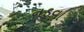
નડવા